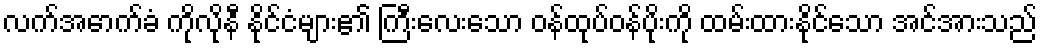
လက်အောက်ခံ ကိုလိုနီ နိုင်ငံများ၏ ကြီးလေးသော ဝန်ထုပ်ဝန်ပိုးကို ထမ်းထားနိုင်သော အင်အားသည်